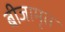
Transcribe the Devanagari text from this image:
बीजामृत